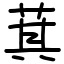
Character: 萁